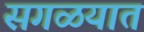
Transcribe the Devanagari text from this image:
सगळयात